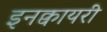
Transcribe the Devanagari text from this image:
इनक्वायरी